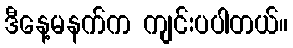
ဒီနေ့မနက်က ကျင်းပပါတယ်။